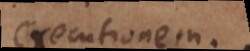
executionem.